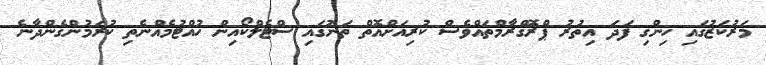
މަރުކަޒުގައި ހިންގި ފަދަ އިތުރު ޕްރޮގްރާމްތައްވެސް ކުރިއަށްއޮތް ތަނުގައި ސްޓެލްކޯއިން ހުއްޓުމެއްނެތި ކުރަމުންގެންދާނެ